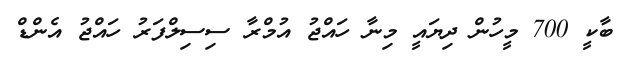
ބާކީ 700 މީހުން ދިޔައީ މިނާ ހައްޖު އުމްރާ ސިސިލްފަރު ހައްޖު އެންޑް